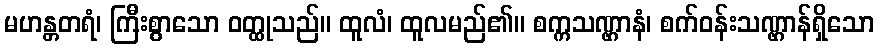
မဟန္တတရံ၊ ကြီးစွာသော ဝတ္ထုသည်။ ထူလံ၊ ထူလမည်၏။ စက္ကသဏ္ဌာနံ၊ စက်ဝန်းသဏ္ဌာန်ရှိသော